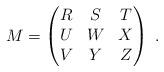
LaTeX: \begin{align*}M=\begin{pmatrix}R&S&T\\U&W&X\\V&Y&Z\end{pmatrix}\;.\end{align*}